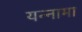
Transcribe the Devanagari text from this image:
यन्‍नामा